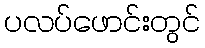
ပလပ်ဖောင်းတွင်